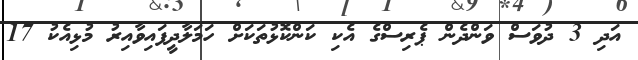
އަދި 3 ދުވަސް ވަންދެން ޕެރިސްގެ އެކި ކަންކޮޅުތަކަށް ހަމަލާދީފައިވާއިރު މުޅިއެކު 17